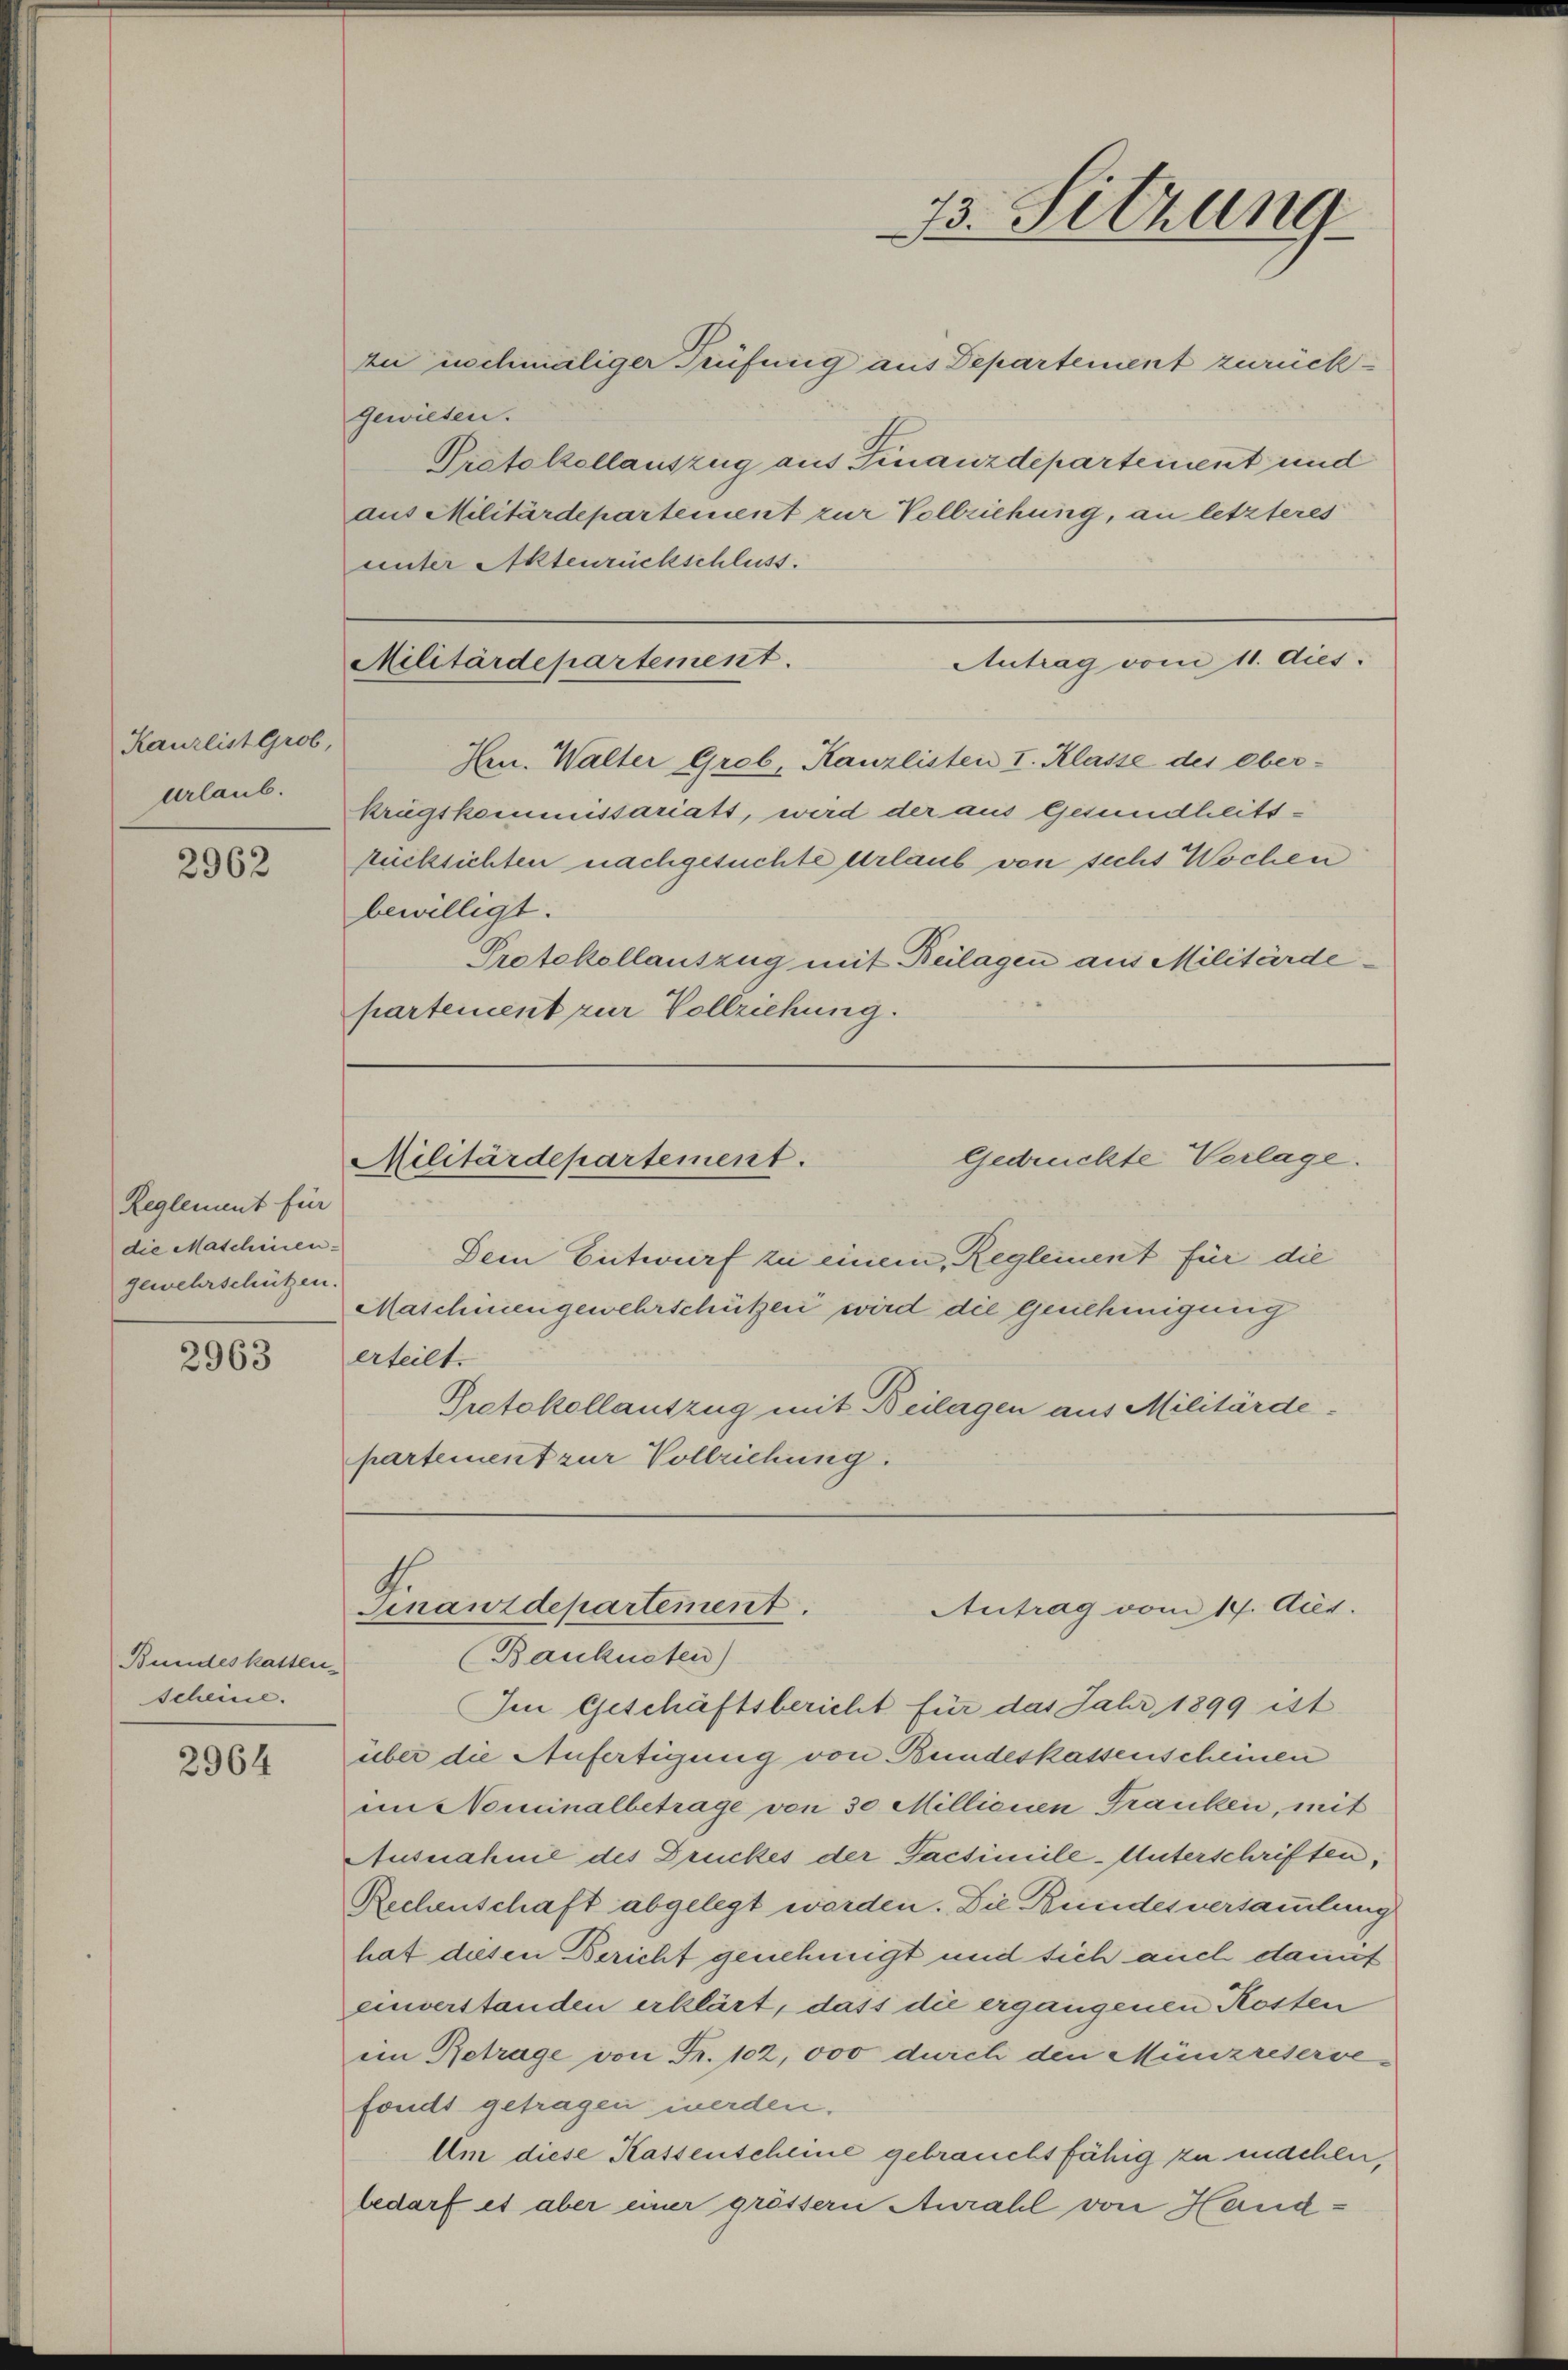
Kanzlist Grob,
urlaub.

2962

Reglement für
die Maschinen-
gewehrschützen.

2963

Bundeskalten.
scheine.

2964

gewiesen.
unter Aktenrückschluss.

zu inchmaliger Prüfung aus Departement zurück¬
Protokollauszug aus Finanzdepartement und
aus Militärdepartement zur Vollziehung, an letzteres
Antrag vom 11. dies
Hrn. Walter Grob, Kanzlisten I. Klasse des Ober-
Krugskommissariats, wird der aus Gesundheitsrücksichten nachgesuchte Urlaub von sechs Wochen
bewilligt.
Protokollauszug mit Beilagen aus Militärdepartement zur Vollziehung.

Militärdepartement.

33. Sitzung

Gedrückte Verlage.
Militärdepartement.

Finanzdepartement.
Antrag vom 14. Aug.
(Bankneten)

Dein Entwurf zu einem Regleinent für die
Maschinengewehrschützen wird die Genehmigung
erteilt.
Protokollauszug mit Beilagen aus Militärde-
partement zur Vollziehung.

Im Geschäftsbericht für das Jahr 1899 ist
über die Anfertigung von Bundeskassenscheinen
im Nominalbetrage von 30 Millionen Franken, mit
Ausnahnie des Druckes der Pacsimile-Unterschriften,
Rechenschaft abgelegt werden. Die Bundesversammlung
hat diesen Bericht genehmigt und sich auch etauf
einverstanden erklärt, dass die ergangenen Kosten
iin Betrage von Fr. 102, 000 durch den Münzreservefonds getragen werden.
Um diese Kassenscheine gebraucht fähig zu machen,
bedarf es aber einer grössern Aurahl von Hand: